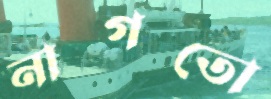
নাগতো